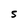
Character: S